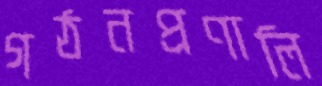
গঠনপ্রণালি